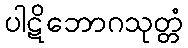
ပါဋိဘောဂသုတ္တံ